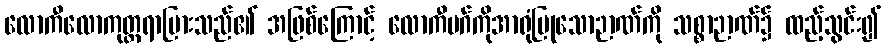
လောကီလောကုတ္တရာပြားသည်၏ အဖြစ်ကြောင့် လောကီမဂ်ကိုအာရုံပြုသောဉာဏ်ကို သစ္စာဉာဏ်၌ ထည့်သွင်း၍